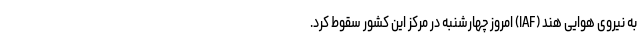
به نیروی هوایی هند (IAF) امروز چهارشنبه در مرکز این کشور سقوط کرد.